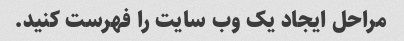
مراحل ایجاد یک وب سایت را فهرست کنید.